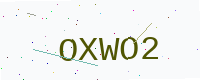
Text: OXWO2